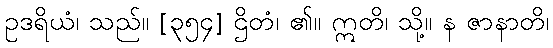
ဥဒရိယံ၊ သည်။ [၃၅၄] ဌိတံ၊ ၏။ ဣတိ၊ သို့။ န ဇာနာတိ၊